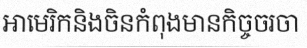
អាមេរិកនិងចិនកំពុងមានកិច្ចចរចា